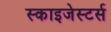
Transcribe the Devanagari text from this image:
स्काइजेस्टर्स